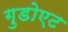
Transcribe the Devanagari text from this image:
गुडोएट